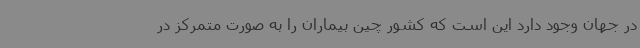
در جهان وجود دارد این است که کشور چین بیماران را به صورت متمرکز در